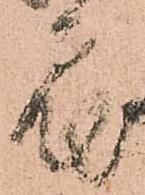
届